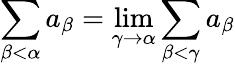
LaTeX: \sum_{\beta<\alpha}a_{\beta}=\operatorname*{lim}_{\gamma\to\alpha}\sum_{\beta<\gamma}a_{\beta}